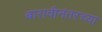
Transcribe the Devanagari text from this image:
बारावीनंतरच्या